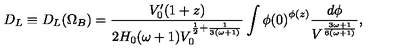
D _ { L } \equiv D _ { L } ( \Omega _ { B } ) = \frac { V _ { 0 } ^ { \prime } ( 1 + z ) } { 2 H _ { 0 } ( \omega + 1 ) V _ { 0 } ^ { \frac { 1 } { 2 } + \frac { 1 } { 3 ( \omega + 1 ) } } } \int { \phi ( 0 ) } ^ { \phi ( z ) } \frac { d \phi } { V ^ { \frac { 3 \omega + 1 } { 6 ( \omega + 1 ) } } } ,